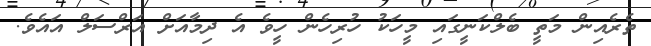
ތެރެއިން މަތީ ބެލްކަނީގައި މީހަކު ހުރިހެން ހީވެ އެ ދިމާއަށް އަރްސަލް އައެވެ.